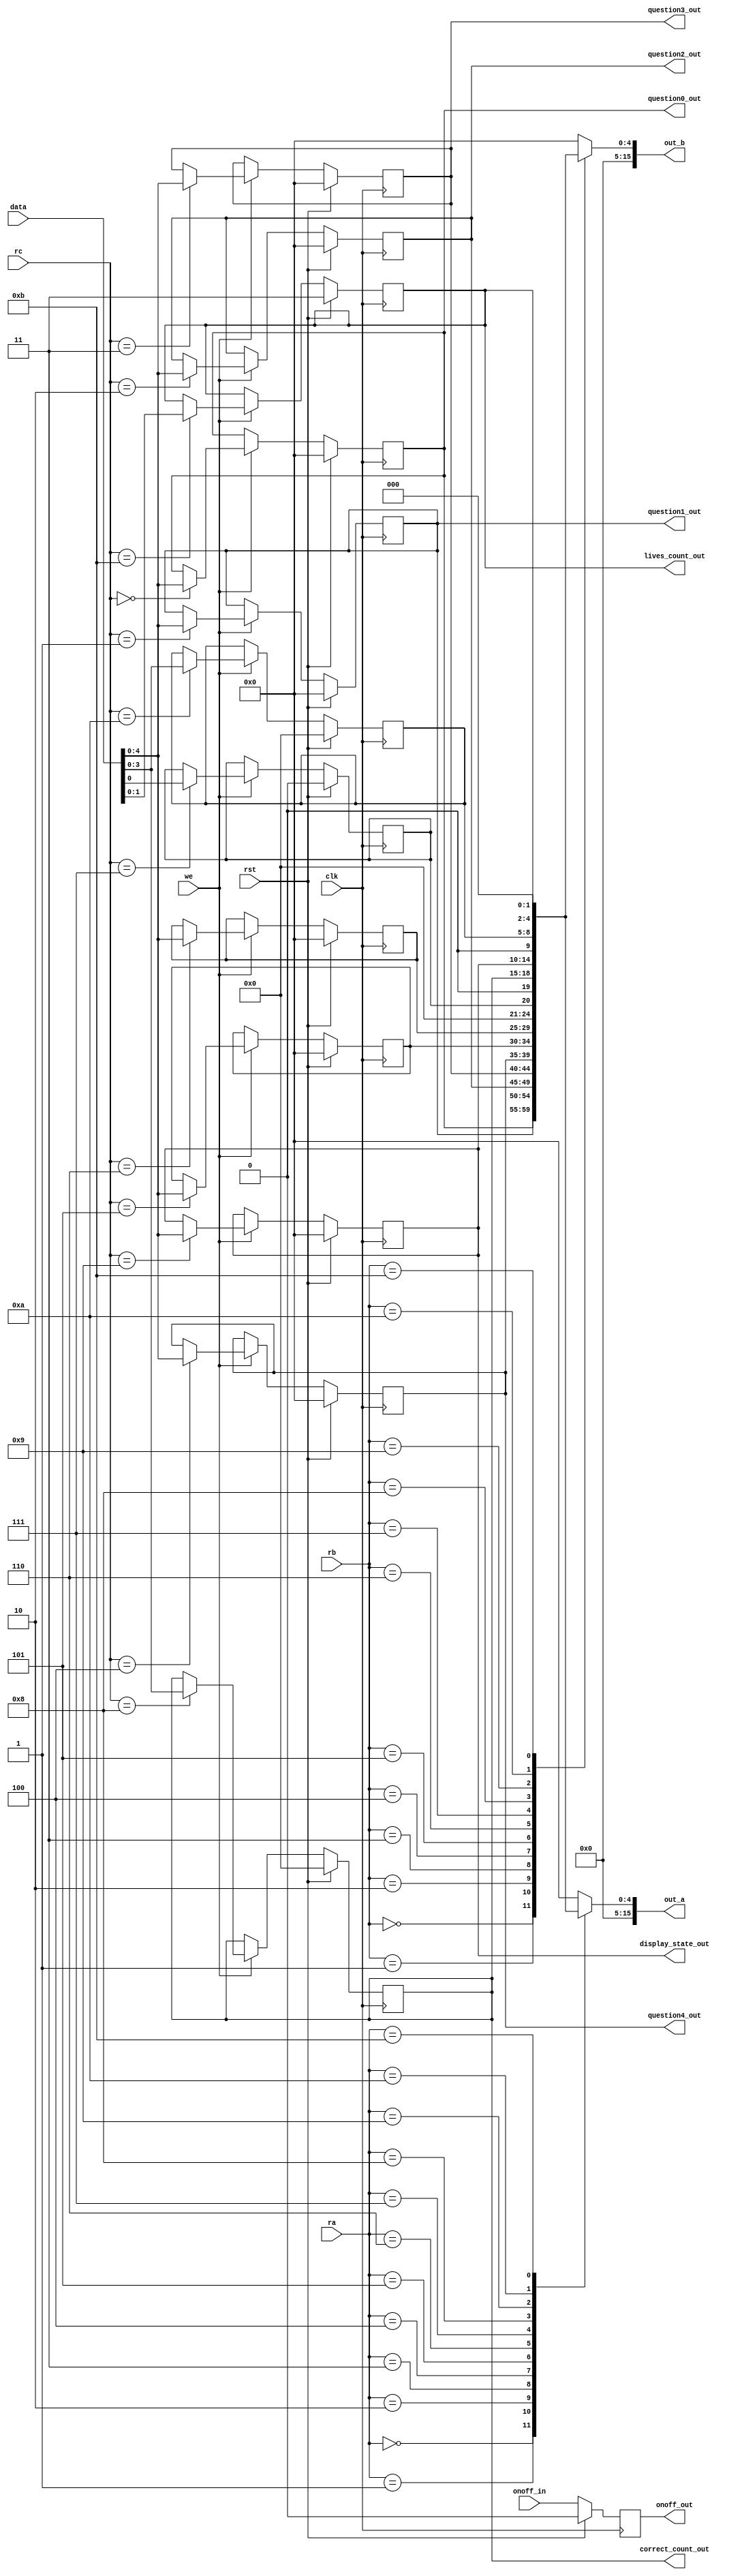
/*
   This file was generated automatically by Alchitry Labs version 1.2.7.
   Do not edit this file directly. Instead edit the original Lucid source.
   This is a temporary file and any changes made to it will be destroyed.
*/

module game_regfile_7 (
    input clk,
    input rst,
    input we,
    input [15:0] data,
    input [3:0] ra,
    input [3:0] rb,
    input [3:0] rc,
    output reg [15:0] out_a,
    output reg [15:0] out_b,
    output reg [3:0] correct_count_out,
    output reg [1:0] lives_count_out,
    output reg [4:0] question0_out,
    output reg [4:0] question1_out,
    output reg [4:0] question2_out,
    output reg [4:0] question3_out,
    output reg [4:0] question4_out,
    output reg [4:0] display_state_out,
    input [0:0] onoff_in,
    output reg [0:0] onoff_out
  );
  
  
  
  reg [4:0] M_display_state_d, M_display_state_q = 5'h00;
  reg [4:0] M_current_input_d, M_current_input_q = 5'h00;
  reg [4:0] M_question0_d, M_question0_q = 1'h0;
  reg [4:0] M_question1_d, M_question1_q = 1'h0;
  reg [4:0] M_question2_d, M_question2_q = 1'h0;
  reg [4:0] M_question3_d, M_question3_q = 1'h0;
  reg [4:0] M_question4_d, M_question4_q = 1'h0;
  reg [1:0] M_lives_d, M_lives_q = 2'h3;
  reg [0:0] M_out_d, M_out_q = 1'h0;
  reg [0:0] M_off_d, M_off_q = 1'h0;
  reg [3:0] M_rng_value_d, M_rng_value_q = 1'h0;
  reg [3:0] M_correct_count_d, M_correct_count_q = 1'h0;
  reg [4:0] M_ctr_d, M_ctr_q = 1'h0;
  
  always @* begin
    M_ctr_d = M_ctr_q;
    M_lives_d = M_lives_q;
    M_display_state_d = M_display_state_q;
    M_question3_d = M_question3_q;
    M_question2_d = M_question2_q;
    M_question4_d = M_question4_q;
    M_question1_d = M_question1_q;
    M_off_d = M_off_q;
    M_question0_d = M_question0_q;
    M_out_d = M_out_q;
    M_correct_count_d = M_correct_count_q;
    M_current_input_d = M_current_input_q;
    M_rng_value_d = M_rng_value_q;
    
    if (we) begin
      
      case (rc)
        4'h0: begin
          M_question0_d = data;
        end
        4'h1: begin
          M_question1_d = data;
        end
        4'h2: begin
          M_question2_d = data;
        end
        4'h3: begin
          M_question3_d = data;
        end
        4'h4: begin
          M_question4_d = data;
        end
        4'h5: begin
          M_current_input_d = data;
        end
        4'h6: begin
          M_ctr_d = data;
        end
        4'h7: begin
          M_out_d = data;
        end
        4'h8: begin
          M_correct_count_d = data;
        end
        4'h9: begin
          M_display_state_d = data;
        end
        4'ha: begin
          M_rng_value_d = data;
        end
        4'hb: begin
          M_lives_d = data;
        end
      endcase
    end
    
    case (ra)
      4'h0: begin
        out_a = M_question0_q;
      end
      4'h1: begin
        out_a = M_question1_q;
      end
      4'h2: begin
        out_a = M_question2_q;
      end
      4'h3: begin
        out_a = M_question3_q;
      end
      4'h4: begin
        out_a = M_question4_q;
      end
      4'h5: begin
        out_a = M_current_input_q;
      end
      4'h6: begin
        out_a = M_ctr_q;
      end
      4'h7: begin
        out_a = M_out_q;
      end
      4'h8: begin
        out_a = M_correct_count_q;
      end
      4'h9: begin
        out_a = M_display_state_q;
      end
      4'ha: begin
        out_a = M_rng_value_q;
      end
      4'hb: begin
        out_a = M_lives_q;
      end
      default: begin
        out_a = 1'h0;
      end
    endcase
    
    case (rb)
      4'h0: begin
        out_b = M_question0_q;
      end
      4'h1: begin
        out_b = M_question1_q;
      end
      4'h2: begin
        out_b = M_question2_q;
      end
      4'h3: begin
        out_b = M_question3_q;
      end
      4'h4: begin
        out_b = M_question4_q;
      end
      4'h5: begin
        out_b = M_current_input_q;
      end
      4'h6: begin
        out_b = M_ctr_q;
      end
      4'h7: begin
        out_b = M_out_q;
      end
      4'h8: begin
        out_b = M_correct_count_q;
      end
      4'h9: begin
        out_b = M_display_state_q;
      end
      4'ha: begin
        out_b = M_rng_value_q;
      end
      4'hb: begin
        out_b = M_lives_q;
      end
      default: begin
        out_b = 1'h0;
      end
    endcase
    lives_count_out = M_lives_q;
    question0_out = M_question0_q;
    question1_out = M_question1_q;
    question2_out = M_question2_q;
    question3_out = M_question3_q;
    question4_out = M_question4_q;
    display_state_out = M_display_state_q;
    correct_count_out = M_correct_count_q;
    M_off_d = onoff_in;
    onoff_out = M_off_q;
  end
  
  always @(posedge clk) begin
    if (rst == 1'b1) begin
      M_display_state_q <= 5'h00;
      M_current_input_q <= 5'h00;
      M_question0_q <= 1'h0;
      M_question1_q <= 1'h0;
      M_question2_q <= 1'h0;
      M_question3_q <= 1'h0;
      M_question4_q <= 1'h0;
      M_lives_q <= 2'h3;
      M_out_q <= 1'h0;
      M_off_q <= 1'h0;
      M_rng_value_q <= 1'h0;
      M_correct_count_q <= 1'h0;
      M_ctr_q <= 1'h0;
    end else begin
      M_display_state_q <= M_display_state_d;
      M_current_input_q <= M_current_input_d;
      M_question0_q <= M_question0_d;
      M_question1_q <= M_question1_d;
      M_question2_q <= M_question2_d;
      M_question3_q <= M_question3_d;
      M_question4_q <= M_question4_d;
      M_lives_q <= M_lives_d;
      M_out_q <= M_out_d;
      M_off_q <= M_off_d;
      M_rng_value_q <= M_rng_value_d;
      M_correct_count_q <= M_correct_count_d;
      M_ctr_q <= M_ctr_d;
    end
  end
  
endmodule